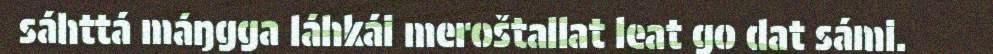
sáhttá máŋgga láhkái meroštallat leat go dat sámi.